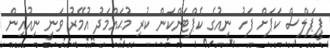
ޕީޕަލްސް ކަޕަށް ފަހު ނިއުގެ ކެޕްޓަންކަން ކުރި މުޙައްމަދު އުމޭރު ވަނީ ނިއުއިން